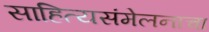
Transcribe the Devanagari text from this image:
साहित्यसंमेलनाचा